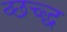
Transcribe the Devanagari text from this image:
व्छच्द्ध